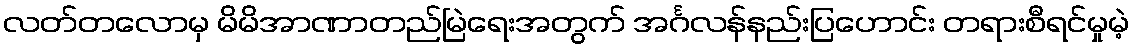
လတ်တလောမှ မိမိအာဏာတည်မြဲရေးအတွက် အင်္ဂလန်နည်းပြဟောင်း တရားစီရင်မှုမဲ့